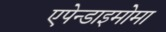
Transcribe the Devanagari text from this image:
एपेन्डाइमोमा